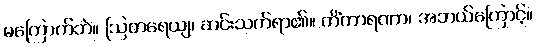
မကြောက်ဘဲ။ ဩတရေယျ၊ ဆင်းသက်ရာ၏။ ကိံကာရဏာ၊ အဘယ်ကြောင့်။